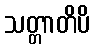
သတ္တာတိပိ